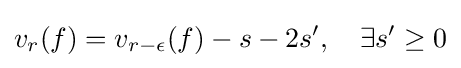
v_{r}(f)=v_{r-\epsilon }(f)-s-2s',\quad \exists s'\geq 0